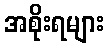
အစိုးရများ